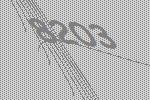
8203